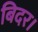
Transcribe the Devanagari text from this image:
बिदर।